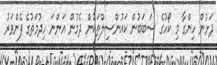
ދަށުން ހިންގާ މި ކޯހުގެ ސަބަބުން ކައުންސިލްތަކުން ދެމުން އަންނަ ހިދުމަތުގެ ފެންވަރު